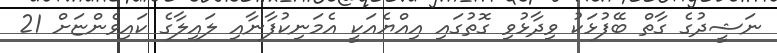
ނަޝީދުގެ ގާތް ބޭފުޅަކު ވިދާޅުވި ގޮތުގައި އިއްޔެއަކީ އެމަނިކުފާނާއި ލައިލާގެ ކައިވެންޏަށް 21